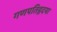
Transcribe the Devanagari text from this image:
गणपतिहृदया